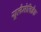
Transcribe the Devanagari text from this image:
यूलैमेलिब्रैक